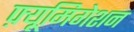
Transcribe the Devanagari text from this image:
फ़्यूमिगेशन